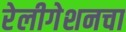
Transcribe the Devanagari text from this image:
रेलीगेशनचा